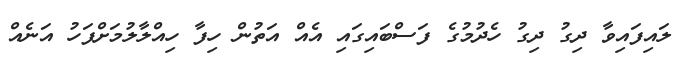
ލައިފައިވާ ދިގު ދިގު ހެދުމުގެ ފަސްބައިގައި އެއް އަތުން ހިފާ ހިއްލާލުމަށްފަހު އަނެއް